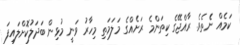
ކަމެއް ނެެތެވެ. ރާއްޖޭގެ ކިތަންމެ ރަށެެއްގެ މަލަމަތި މިހާރު ވަނީ މުޅިން ބަދަލުކޮށްލައިފަ